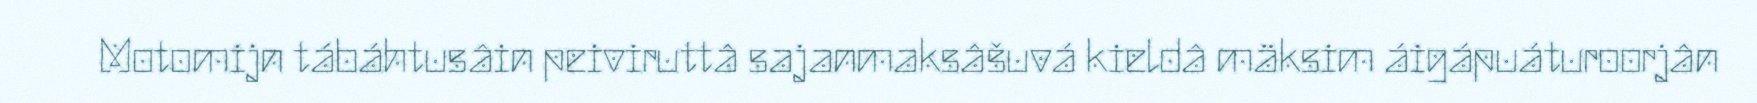
Motomijn tábáhtusâin peiviruttâ sajanmaksâšuvá kieldâ mäksim áigápuáturoorjân